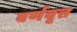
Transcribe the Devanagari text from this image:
वर्णवृत्त